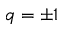
q = \pm 1